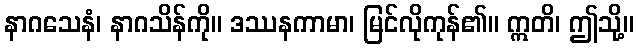
နာဂသေနံ၊ နာဂသိန်ကို။ ဒဿနကာမာ၊ မြင်လိုကုန်၏။ ဣတိ၊ ဤသို့။